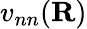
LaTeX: v_{nn}({\mathbf R})